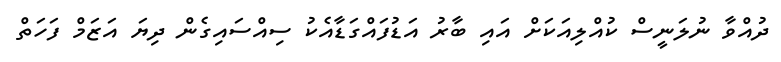
ދުއްވާ ނުލަނީސް ކުއްލިއަކަށް އައި ބާރު އަޑުފައްގަޑާއެކު ސިއްސައިގެން ދިޔަ އަޒަމް ފަހަތް